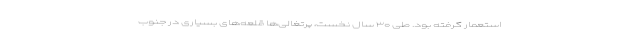
استعمار گرفته بود. طی ۳۰ سال نخست، پرتغالی‌ها قلعه‌های بسیاری در جنوب